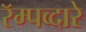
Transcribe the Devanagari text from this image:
रॅम्पव्दारे